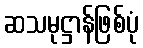
ဆသမုဋ္ဌာန်ဖြစ်ပုံ